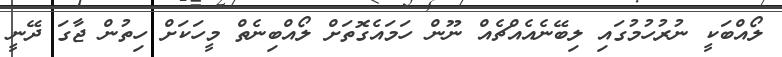
ލޯއްބަކީ ނުރުހުމުގައި ލިބޭނެއެއްޗެއް ނޫން ހަމައެގޮތަށް ލޯއްބިނެތް މީހަކަށް ހިތުން ޖާގަ ދޭނީ